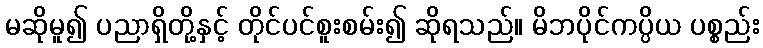
မဆိုမူ၍ ပညာရှိတို့နှင့် တိုင်ပင်စူးစမ်း၍ ဆိုရသည်။ မိဘပိုင်ကပ္ပိယ ပစ္စည်း